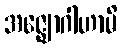
အဇ္ဈောဂါဟာမိ